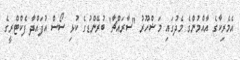
އެމެރިކާގެ އާއްމުންގެ މެދުގައި މަޝްހޫރު "ސާރައްޗާ" ބުރޭންޑުގެ ކުޅި ސޯސް އުފައްދާ ފެކްޓްރީގެ